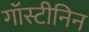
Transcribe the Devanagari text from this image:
गॉस्टीनिन